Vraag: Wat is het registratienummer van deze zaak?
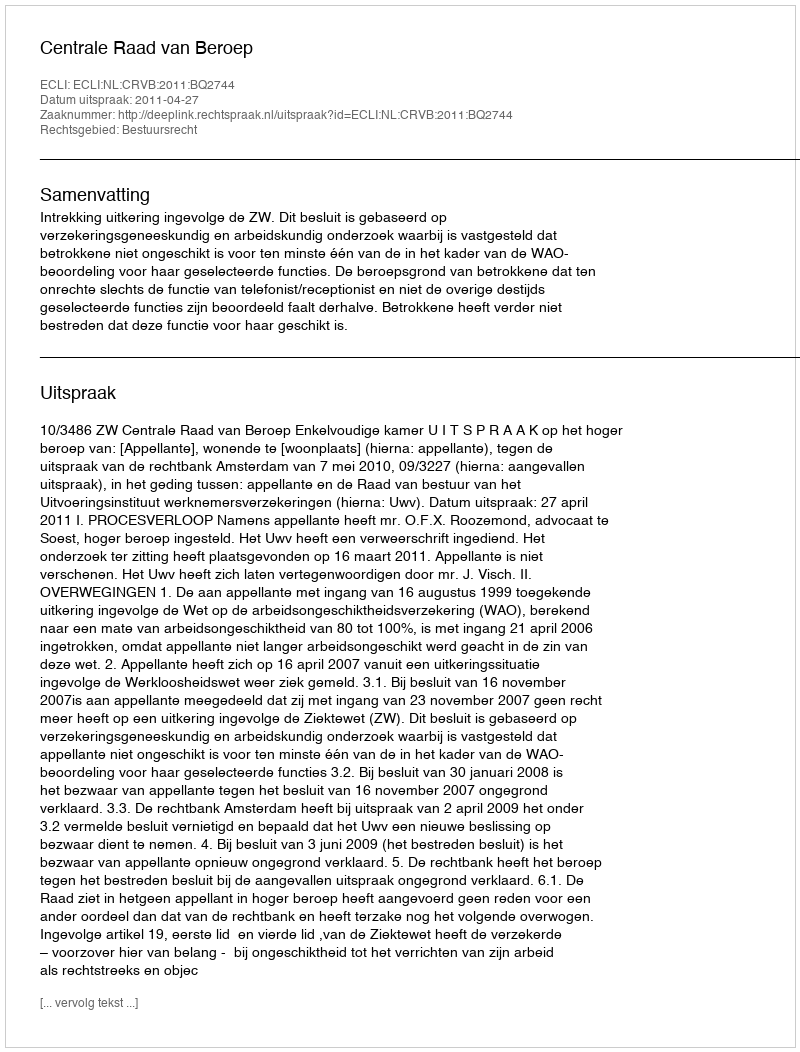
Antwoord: http://deeplink.rechtspraak.nl/uitspraak?id=ECLI:NL:CRVB:2011:BQ2744